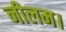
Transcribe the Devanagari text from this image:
नीलम।